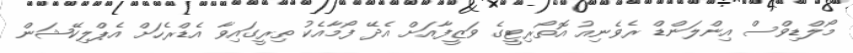
މޯލްޑިވްސް އިންލަންޑް ރެވެނިއު އޮތޯރިޓީގެ ވަޒީފާއަށް އެދޭ ފޯމާއެކު ތިރީގައިވާ އެޑްރެހަށް އެޕްލިކޭޝަން